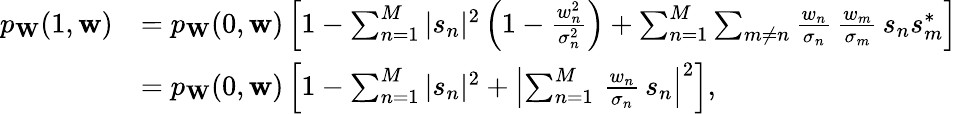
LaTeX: \begin{array}{rl}{p_{\mathbf{W}}(1,\mathbf{w})}&{=p_{\mathbf{W}}(0,\mathbf{w})\left[1-\sum_{n=1}^{M}|s_{n}|^{2}\left(1-\frac{w_{n}^{2}}{\sigma_{n}^{2}}\right)+\sum_{n=1}^{M}\sum_{m\neq n}\frac{w_{n}}{\sigma_{n}}\, \frac{w_{m}}{\sigma_{m}}\, s_{n}s_{m}^{*}\right]}\\ &{=p_{\mathbf{W}}(0,\mathbf{w})\left[1-\sum_{n=1}^{M}|s_{n}|^{2}+\left|\sum_{n=1}^{M}\, \frac{w_{n}}{\sigma_{n}}\, s_{n}\right|^{2}\right],}\end{array}